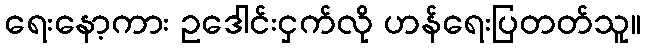
ရေးနော့ကား ဥဒေါင်းငှက်လို ဟန်ရေးပြတတ်သူ။